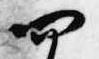
四